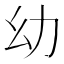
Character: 幼